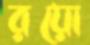
রয়ো